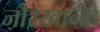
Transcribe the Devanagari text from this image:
जौरखानेह